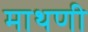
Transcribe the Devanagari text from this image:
माथणी